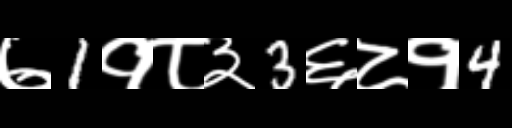
Text: ७1१८३3६८१4